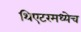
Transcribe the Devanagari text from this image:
थिएटरमध्येच